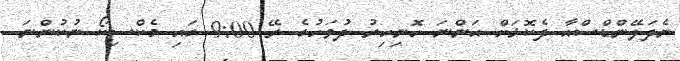
ނެދަލޭންޑްސްއާ ދެކޮޅަށް އަންނަ ހޮނިހިރު ދުވަހުގެ ރޭ 9:00 ގައި މެކްސިކޯ ނުކުންނަ